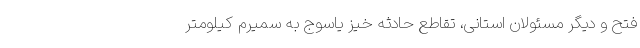
فتح و دیگر مسئولان استانی، تقاطع حادثه‌ خیز یاسوج به سمیرم کیلومتر